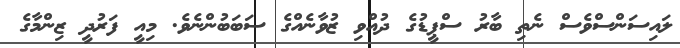
ލައިސަންސްވެސް ނެތި ބާރު ސްޕީޑުގެ ދުއްވި ޒުވާނެއްގެ ސަބަބުންނެވެ. މިއީ ފަރުދީ ޒިންމާގެ